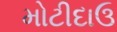
મોટીદાઉ